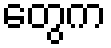
တွေက